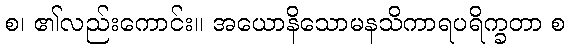
စ၊ ၏လည်းကောင်း။ အယောနိသောမနသိကာရပရိက္ခတာ စ